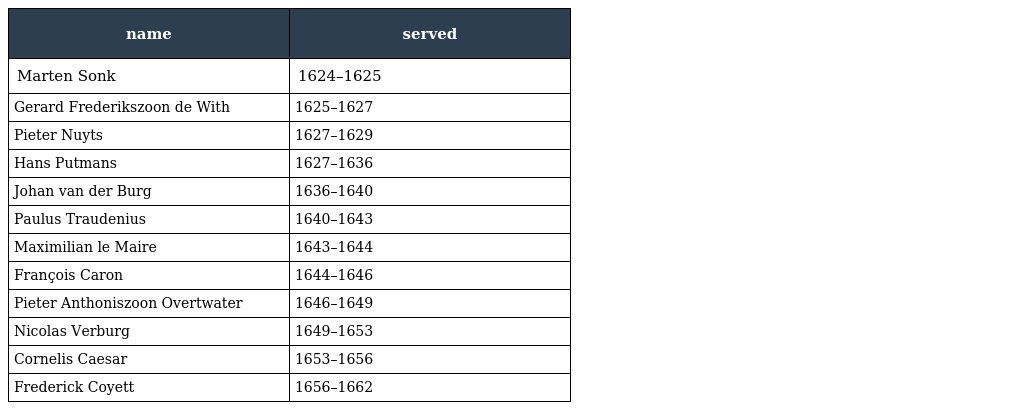
| name | served |
 | --- | --- |
 | Marten Sonk | 1624–1625 |
 | Gerard Frederikszoon de With | 1625–1627 |
 | Pieter Nuyts | 1627–1629 |
 | Hans Putmans | 1627–1636 |
 | Johan van der Burg | 1636–1640 |
 | Paulus Traudenius | 1640–1643 |
 | Maximilian le Maire | 1643–1644 |
 | François Caron | 1644–1646 |
 | Pieter Anthoniszoon Overtwater | 1646–1649 |
 | Nicolas Verburg | 1649–1653 |
 | Cornelis Caesar | 1653–1656 |
 | Frederick Coyett | 1656–1662 |